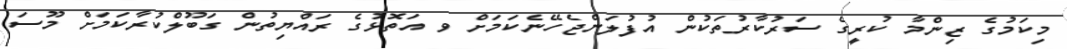
މިކަމުގެ ޒިންމާ ކުރީގެ ސަރުކާރުތަކުން އުފުލަންޖެހޭނެކަމަށް ވ އަތޮޅުގެ ރައްޔިތުން ގަބޫލްކުރާކަމަށް މޫސަ